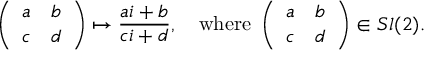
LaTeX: \left( \begin{array} { c c } { { a } } & { { b } } \\ { { c } } & { { d } } \end{array} \right) \mapsto \frac { a i + b } { c i + d } , \quad \mathrm { w h e r e \ } \left( \begin{array} { c c } { { a } } & { { b } } \\ { { c } } & { { d } } \end{array} \right) \in S l ( 2 ) .